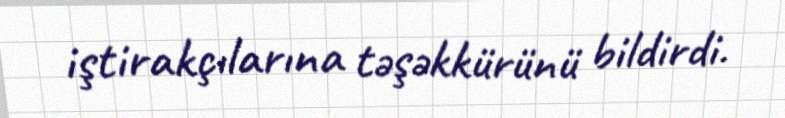
iştirakçılarına təşəkkürünü bildirdi.